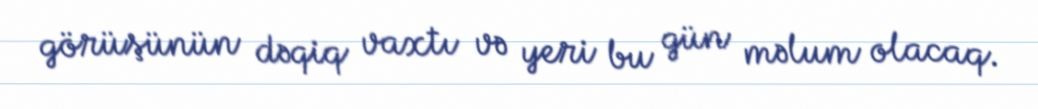
görüşünün dəqiq vaxtı və yeri bu gün məlum olacaq.